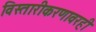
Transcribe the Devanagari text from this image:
विस्तारीकरणावरही